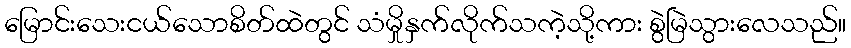
မြောင်းသေးငယ်သောစိတ်ထဲတွင် သံမှိုနှက်လိုက်သကဲ့သို့ကား စွဲမြဲသွားလေသည်။